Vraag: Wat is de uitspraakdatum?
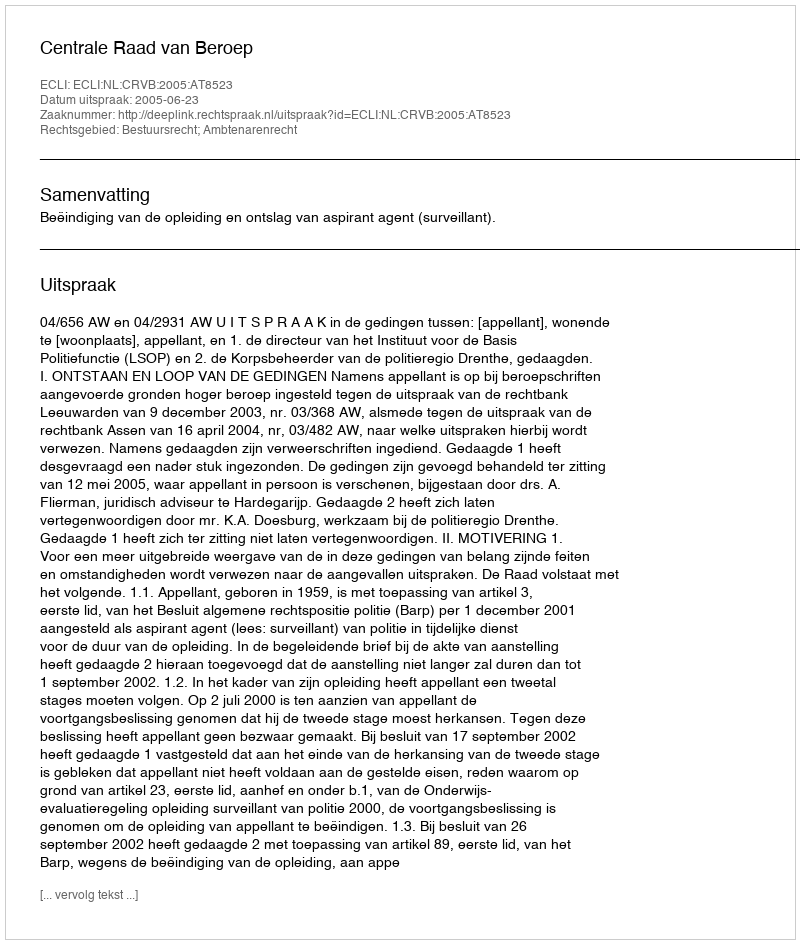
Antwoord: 2005-06-23